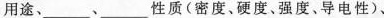
用途、___、___性质(密度、硬度、强度、导电性)、